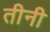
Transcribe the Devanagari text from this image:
तीनी